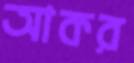
আকর